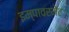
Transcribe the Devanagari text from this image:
इम्पावरमेंट